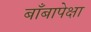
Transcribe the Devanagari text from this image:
बाँबापेक्षा